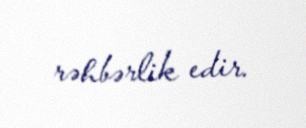
rəhbərlik edir.